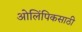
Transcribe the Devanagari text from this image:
ओलिंपिकसाठी